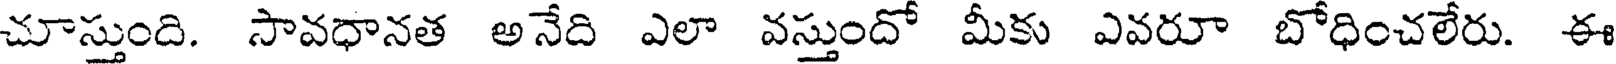
చూస్తుంది. సావధానత అనేది ఎలా వస్తుందో మీకు ఎవరూ బోధించలేరు. ఈ